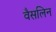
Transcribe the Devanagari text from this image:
वैसलिन